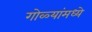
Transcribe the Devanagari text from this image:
गोळ्यांमध्ये